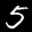
Label: 5